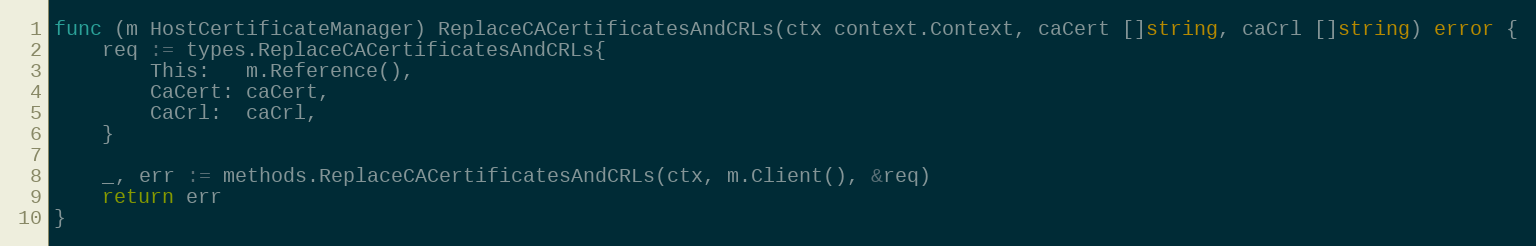
Language: Go
func (m HostCertificateManager) ReplaceCACertificatesAndCRLs(ctx context.Context, caCert []string, caCrl []string) error {
	req := types.ReplaceCACertificatesAndCRLs{
		This:   m.Reference(),
		CaCert: caCert,
		CaCrl:  caCrl,
	}

	_, err := methods.ReplaceCACertificatesAndCRLs(ctx, m.Client(), &req)
	return err
}